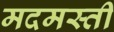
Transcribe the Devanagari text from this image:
मदमस्ती